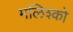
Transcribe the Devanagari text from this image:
मलिश्को